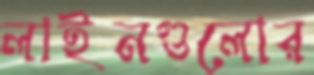
লাইনগুলোর